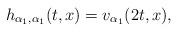
LaTeX: \begin{align*}h_{\alpha_{1}, \alpha_{1}}(t, x) = v_{\alpha_{1}}(2t, x),\end{align*}